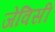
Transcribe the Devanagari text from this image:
जेविसी